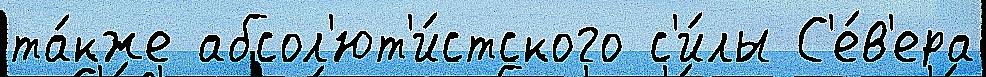
та́кже абсол'ют'и́стского с'и́лы С'е́в'ера